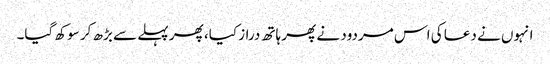
انہوں نے دعا کی اس مردود نے پھر ہاتھ دراز کیا، پھر پہلے سے بڑھ کر سوکھ گیا۔